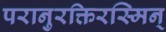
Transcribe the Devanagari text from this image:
परानुरक्तिरस्मिन्‌